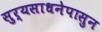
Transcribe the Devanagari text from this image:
सुर्यसाधनेपासुन